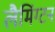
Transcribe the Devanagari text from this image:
लैमिंग्टन